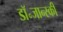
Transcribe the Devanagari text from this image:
डॉ॰जान्स्की